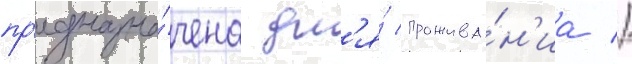
пр'едназна́чена дл'я́ прожива́н'иа //